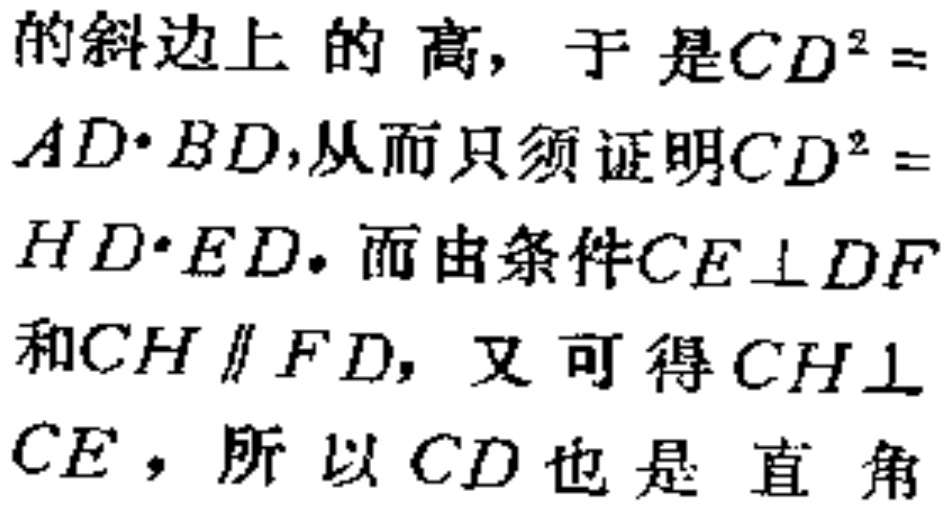
的斜边上的高，于是\(CD^{2} =\)
\(AD\cdot BD\)，从而只须证明\(CD^{2} =\)
\(HD\cdot ED\)。而由条件\(CE\perp DF\)
和\(CH\parallel FD\)，又可得\(CH\perp\)
\(CE\)，所以 \(CD\) 也是 直角